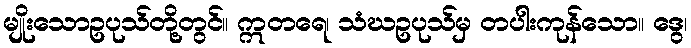
မျိုးသောဥပုသ်တို့တွင်။ ဣတရေ၊ သံဃဥပုသ်မှ တပါးကုန်သော။ ဒွေ၊